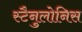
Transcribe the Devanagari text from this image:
स्टैनुलोनिस